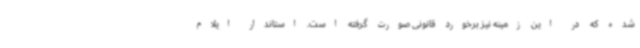
شده که در این زمینه نیز برخورد قانونی صورت گرفته است. استاندار ایلام